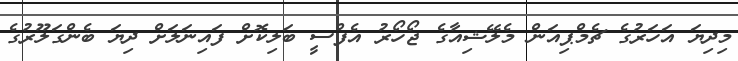
މިދިޔަ އަހަރުގެ ޗެމްޕިއަން މެލޭޝިއާގެ ޖޯހޯރު އެފްސީ ބަލިކޮށް ފައިނަލަށް ދިޔަ ބެންގަލޫރުގެ